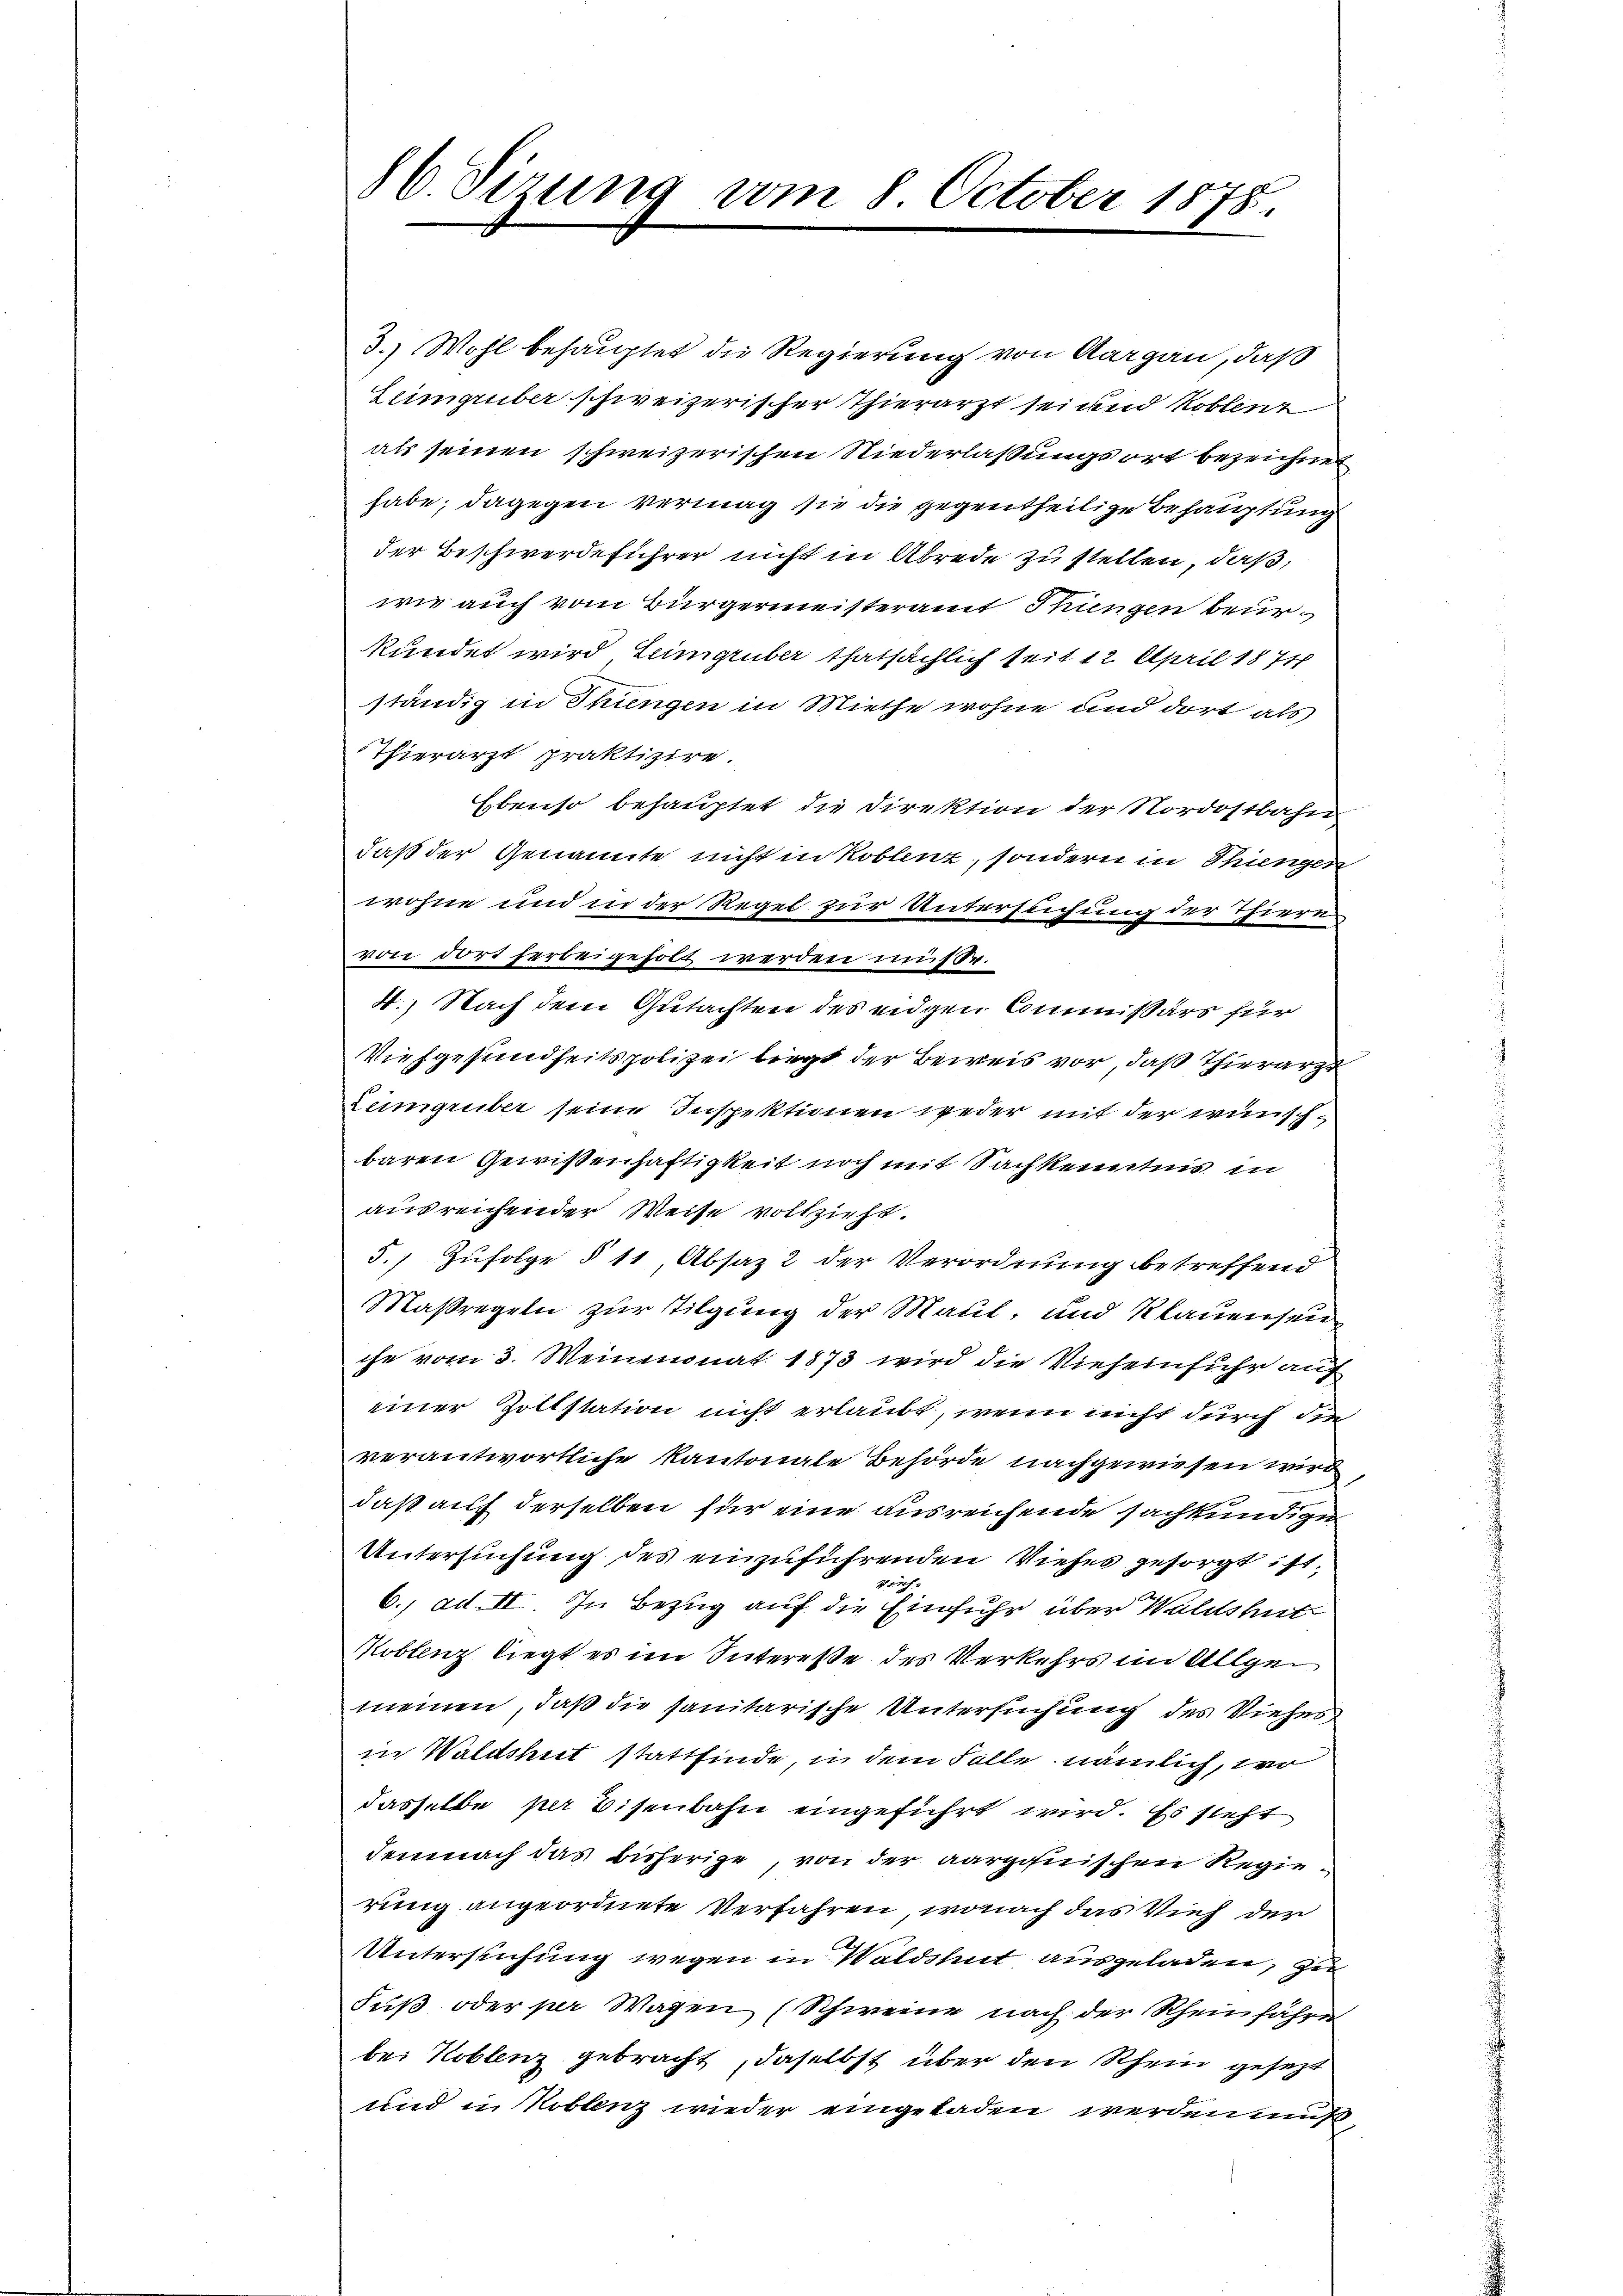
3.) Wohl behauptet die Regierung von Aargau, daß
Leingruber schweizerischer Thierarzt sei und Koblenz
als seinen schweizerischen Niederlaßungsort bezeichnet
habe; dagegen vermag sie die gegentheilige Behauptung
der Beschwerdeführer nicht in Abrede zu stellen, daß,
wie auch vom Bürgermeisteramt Thungen beurkündet wird, Leimgruber thatsächlich seit 12. April 1871
ständig in Thungen in Miethe wohne und dort als
Thierarzt praktizire.
Ebenso behauptet, die Direktion der Nordostbahn
daß der Genannte nicht in Koblenz, sondern in Thiengen
wohne und in der Regel zur Untersuchung der Thieren
von dort herbeigeholt werden müsse.
4.) Nach dem Gutachten des eidgen Commissärs für
Viehgesundheitspolizei liegt der Beweis vor, daß Thierarzt
Limgrüber seine Inspektionen weder mit der wünschbaren Gewißenhaftigkeit noch mit Sachkenntnis in
ausreichender Weise vollzieht.
5.) Zufolge § 11, Absaz 2 der Verordnung betreffend
Maßregeln zur Tilgung der Maul, und Klauensen
che vom 3. Weinmonat 1873 wird die Vieheinfuhr auf
einer Zottstation nicht erlaubt, wenn nicht durch die
verantwortliche Kantonale Behörde nachgewiesen wird
daß auf derselben für eine ausreichende sachkundigen
Untersuchung des einzuführenden Viehes gesorgt ist,
srich
6., ad. II. In Bezug auf die Einfuhr über Waldshut
Moblenz liegt es im Interesse des Verkehrs im Allgemeinen, daß die sanitarische Untersuchung des Vieher
in Waldshut stattfinde, in dem Falle nämlich, wo
dasselbe per Eisenbahn eingeführt wird. Es steht
demnach das bisherige, von der aargauischen Regierung angeordnete Verfahren, wonach das Vieh der
Untersuchung wegen in Waldshut ausgeladen, zu
Fuß oder per Wagen (Schweine nach der Rheinfahre
be: Koblenz gebracht, daselbst über den Rhein gesezt
und in Koblenz wieder eingeladen werden muß,

86. Sizung vom 8. October 1878.